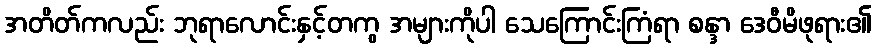
အတိတ်ကလည်း ဘုရာလောင်းနှင့်တကွ အများကိုပါ သေကြောင်းကြံရာ စန္ဒာ ဒေဝီမိဖုရား၏